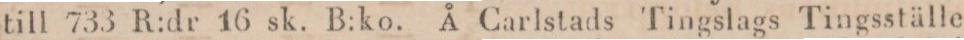
till 733 R:dr 16 sk. B:ko. Å Carlstads Tingslags Tingsställe